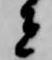
者